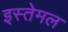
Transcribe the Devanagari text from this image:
इस्तेमल